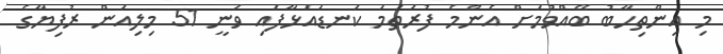
މި އިންތިހާބު ބޭއްވުމަށް އެންމެ ފުރަތަމަ ކަނޑައަޅާފައި ވަނީ 51 މިލިއަން ރުފިޔާގެ